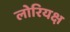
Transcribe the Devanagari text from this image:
लोरियक्ष